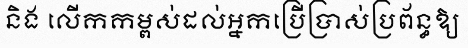
និង លើកកម្ពស់ដល់អ្នកប្រើប្រាស់ប្រព័ន្ធឱ្យ